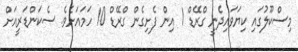
މިސްކޫލުގައި ކިޔަވައިދެނީ ގްރޭޑް 1 އިން ފެށިގެން ގްރޭޑް 10 ހަމައަށެވެ. ސެކަންޑަރީއަށް